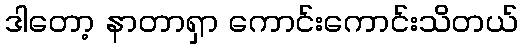
ဒါတော့ နာတာရှာ ကောင်းကောင်းသိတယ်